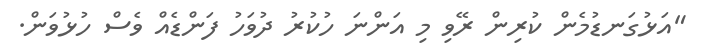
"އަޅުގަނޑުމެން ކުރިން ރޭވި މި އަންނަ ހުކުރު ދުވަހު ފަންޑެއް ވެސް ހުޅުވަން.